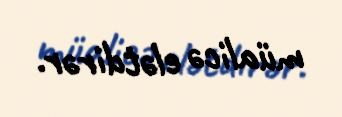
müalicə elətdirər.